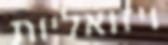
ויזואליות